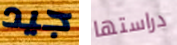
جيد دراستها